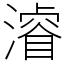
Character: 𣿰